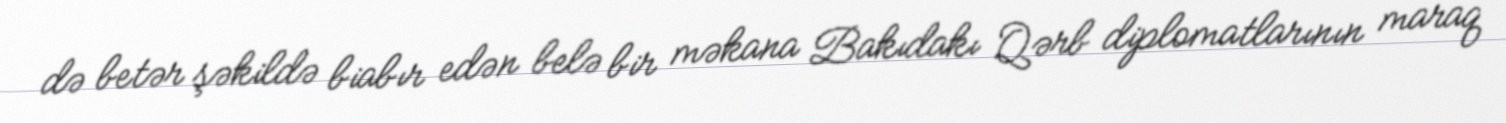
də betər şəkildə biabır edən belə bir məkana Bakıdakı Qərb diplomatlarının maraq